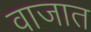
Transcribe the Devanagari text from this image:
वाजात